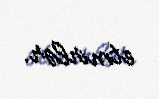
etmirlər.